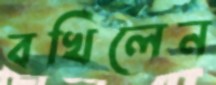
বখিলেন